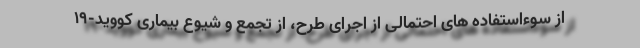
از سوءاستفاده های احتمالی از اجرای طرح، از تجمع و شیوع بیماری کووید-۱۹